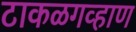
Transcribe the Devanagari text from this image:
टाकळगव्हाण